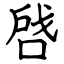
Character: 啔